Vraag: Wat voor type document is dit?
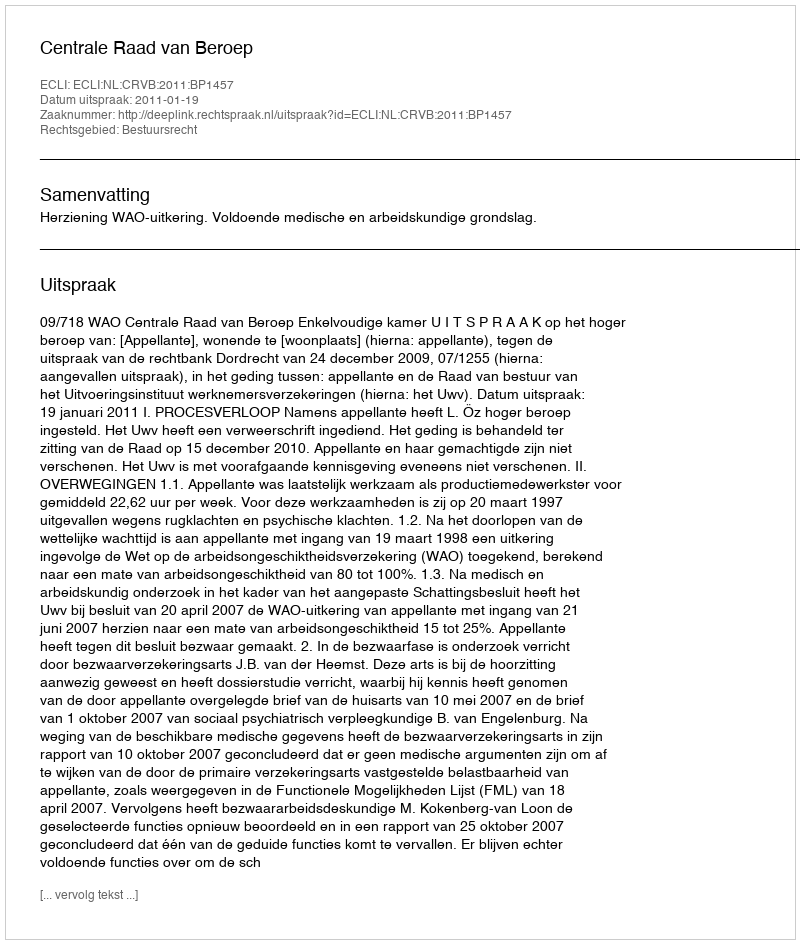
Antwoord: Uitspraak